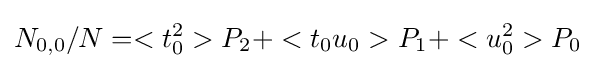
N_{0,0}/N=<t_{0}^{2}>P_{2}+<t_{0}u_{0}>P_{1}+<u_{0}^{2}>P_{0}